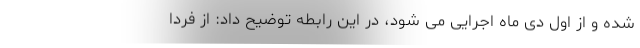
شده و از اول دی ماه اجرایی می شود، در این رابطه توضیح داد: از فردا